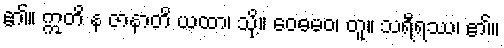
၏။ ဣတိ န ဇာနာတိ ယထာ၊ သို့။ ဝေဓမဝ၊ တူ။ သရီရဿ၊ ၏။